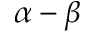
\alpha - \beta